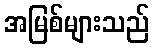
အမြစ်များသည်